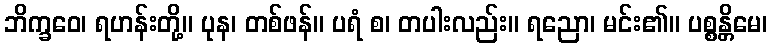
ဘိက္ခဝေ၊ ရဟန်းတို့။ ပုန၊ တစ်ဖန်။ ပရံ စ၊ တပါးလည်း။ ရညော၊ မင်း၏။ ပစ္စန္တိမေ၊